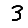
Digit: 3